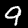
Label: 9